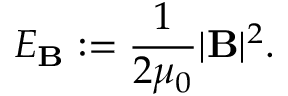
E _ { \mathbf { B } } : = \frac { 1 } { 2 \mu _ { 0 } } | \mathbf { B } | ^ { 2 } .